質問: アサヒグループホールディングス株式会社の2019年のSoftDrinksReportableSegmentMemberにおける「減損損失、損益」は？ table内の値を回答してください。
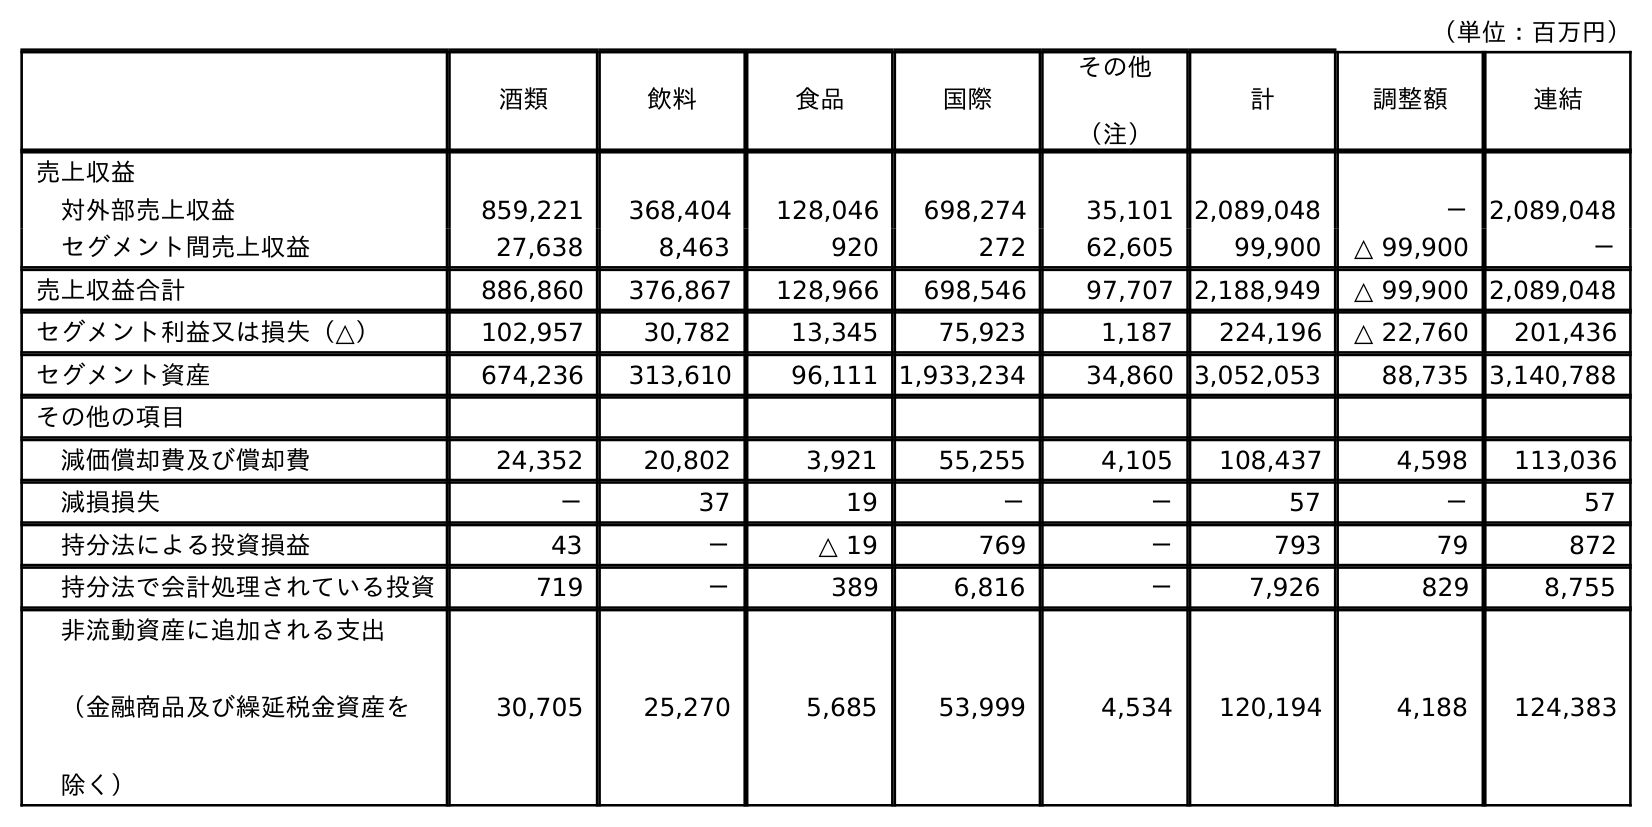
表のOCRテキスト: （単位：百万円） 酒類 飲料 食品 国際 その他 （注） 計 調整額 連結 売上収益 対外部売上収益 859,221 368,404 128,046 698,274 35,101 2,089,048 － 2,089,048 セグメント間売上収益 27,638 8,463 920 272 62,605 99,900 △ 99,900 － 売上収益合計 886,860 376,867 128,966 698,546 97,707 2,188,949 △ 99,900 2,089,048 セグメント利益又は損失（△） 102,957 30,782 13,345 75,923 1,187 224,196 △ 22,760 201,436 セグメント資産 674,236 313,610 96,111 1,933,234 34,860 3,052,053 88,735 3,140,788 その他の項目 減価償却費及び償却費 24,352 20,802 3,921 55,255 4,105 108,437 4,598 113,036 減損損失 － 37 19 － － 57 － 57 持分法による投資損益 43 － △ 19 769 － 793 79 872 持分法で会計処理されている投資 719 － 389 6,816 － 7,926 829 8,755 非流動資産に追加される支出 （金融商品及び繰延税金資産を 除く） 30,705 25,270 5,685 53,999 4,534 120,194 4,188 124,383
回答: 37